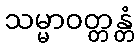
သမ္မာဝတ္တန္တံ